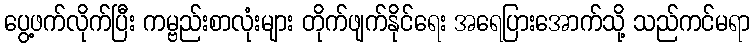
ပွေ့ဖက်လိုက်ပြီး ကမ္ဗည်းစာလုံးများ တိုက်ဖျက်နိုင်ရေး အရေပြားအောက်သို့ သည်ကင်မရာ